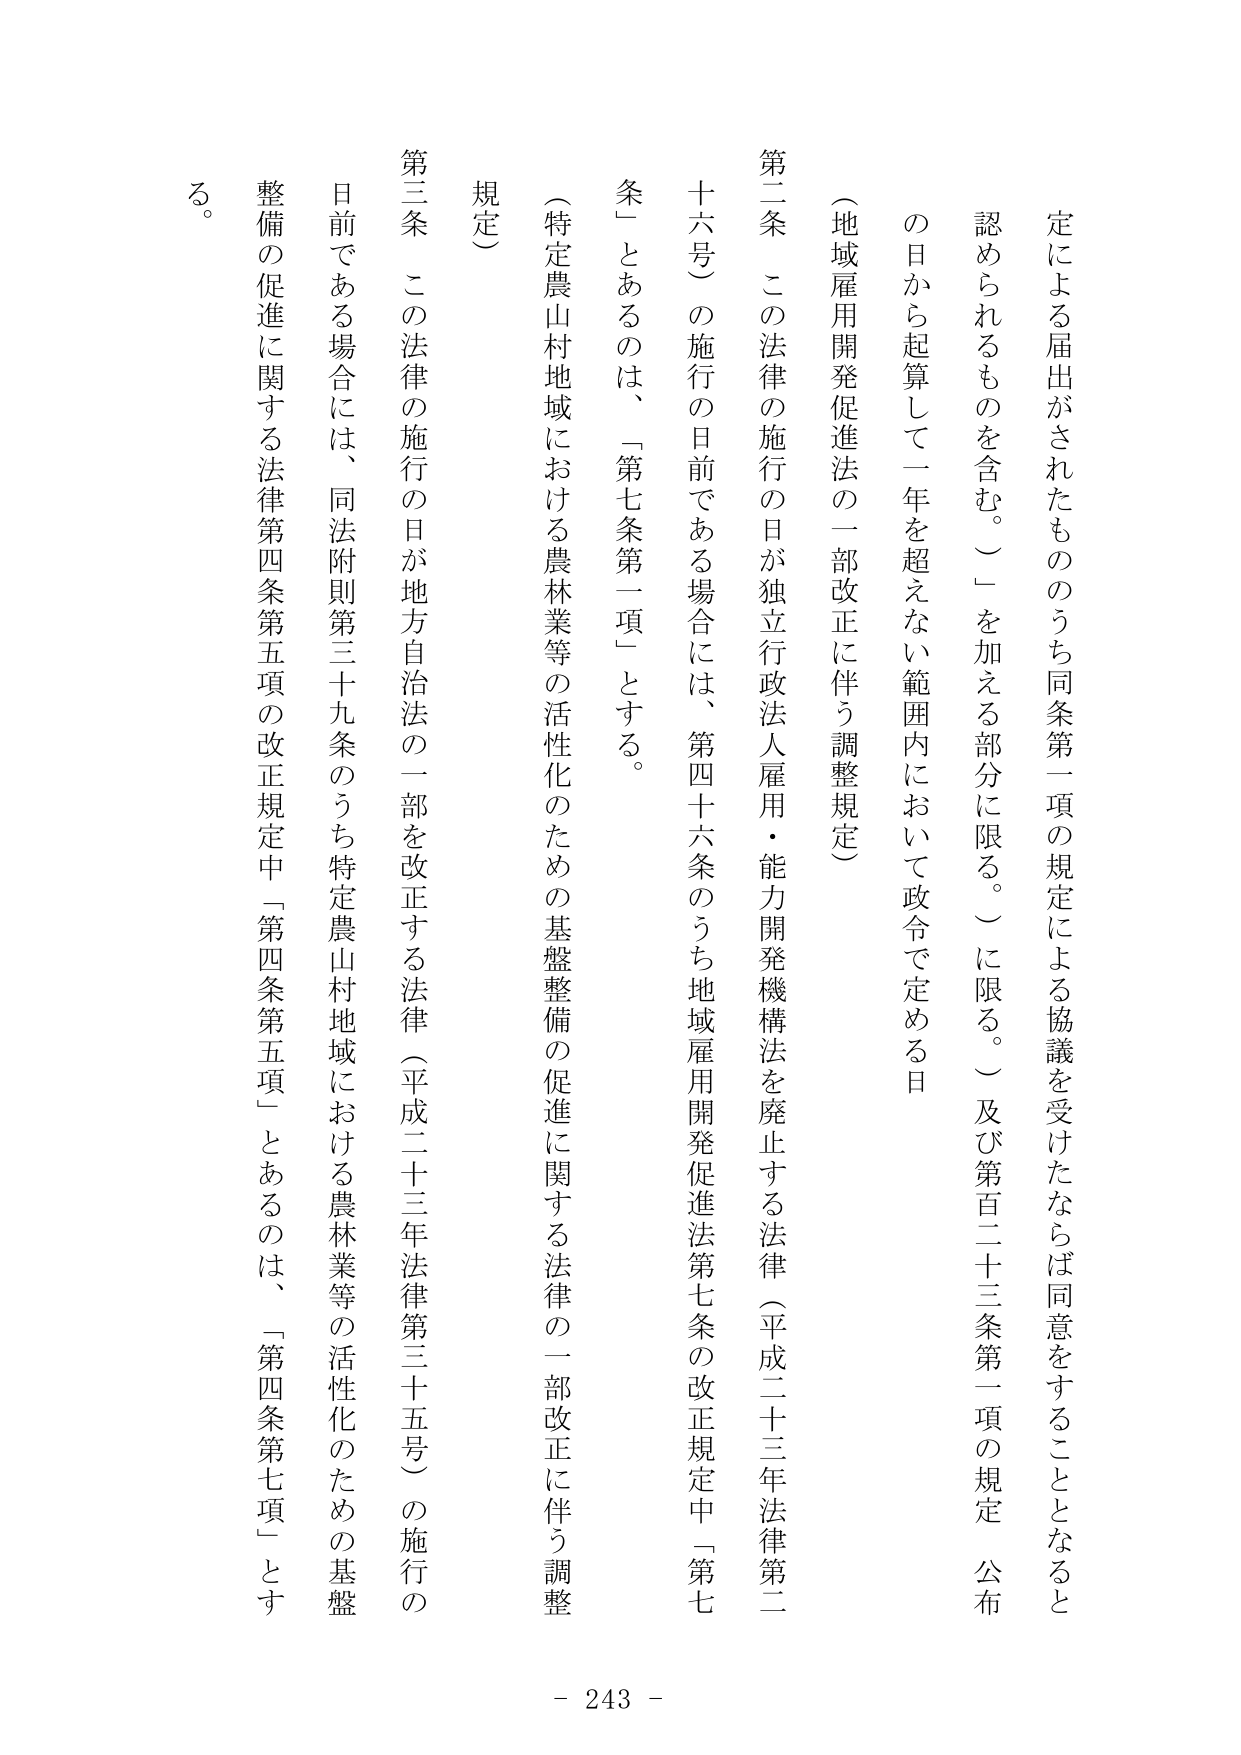
定による届出がされたもののうち同条第一項の規定による協議を受けたならば同意をすることとなると認められるものを含む。）」を加える部分に限る。）に限る。）及び第百二十三条第一項の規定、公布の日から起算して一年を超えない範囲内において政令で定める日

（地域雇用開発促進法の一部改正に伴う調整規定）

第二条　この法律の施行の日が独立行政法人雇用・能力開発機構法を廃止する法律（平成二十三年法律第二十六号）の施行の日前である場合には、第四十六条のうち地域雇用開発促進法第七条の改正規定中「第七条」とあるのは、「第七条第一項」とする。

（特定農山村地域における農林業等の活性化のための基盤整備の促進に関する法律の一部改正に伴う調整規定）

第三条　この法律の施行の日が地方自治法の一部を改正する法律（平成二十三年法律第三十五号）の施行の日前である場合には、同法附則第三十九条のうち特定農山村地域における農林業等の活性化のための基盤整備の促進に関する法律第四条第五項の改正規定中「第四条第五項」とあるのは、「第四条第七項」とする。

- 243 -